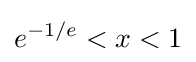
e^{-1/e}<x<1